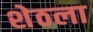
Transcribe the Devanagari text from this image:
शेठला